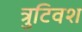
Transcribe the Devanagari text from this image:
त्रुटिवश